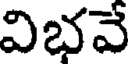
విభవే